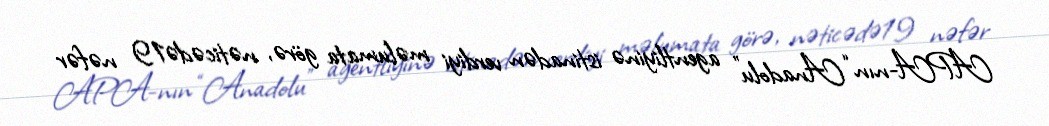
APA-nın “Anadolu” agentliyinə istinadən verdiyi məlumata görə, nəticədə19 nəfər